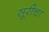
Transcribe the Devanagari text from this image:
सूरीचा